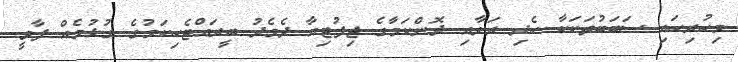
މިހުރިހައި ސަބަބުތަކަކާ ހެދި ރަށާއި ދޮންކަމާގެ ޖިފުޓިއާ ދެމެދު ބީރައްޓެހިކަމުގެ ގުޅުމެއް ފާވީ